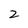
Character: 2